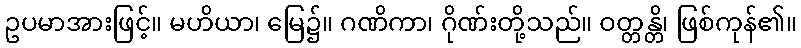
ဥပမာအားဖြင့်။ မဟိယာ၊ မြေ၌။ ဂဏိကာ၊ ဂိုဏ်းတို့သည်။ ဝတ္တန္တိ၊ ဖြစ်ကုန်၏။